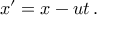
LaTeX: x ^ { \prime } = x - u t \, .